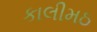
કાલીમઠ